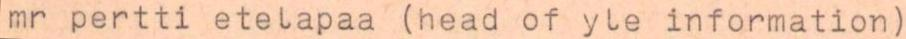
mr pertti etelapaa (head of yle information)